Burma Government Medical School reports 1923-41
Year: 1923
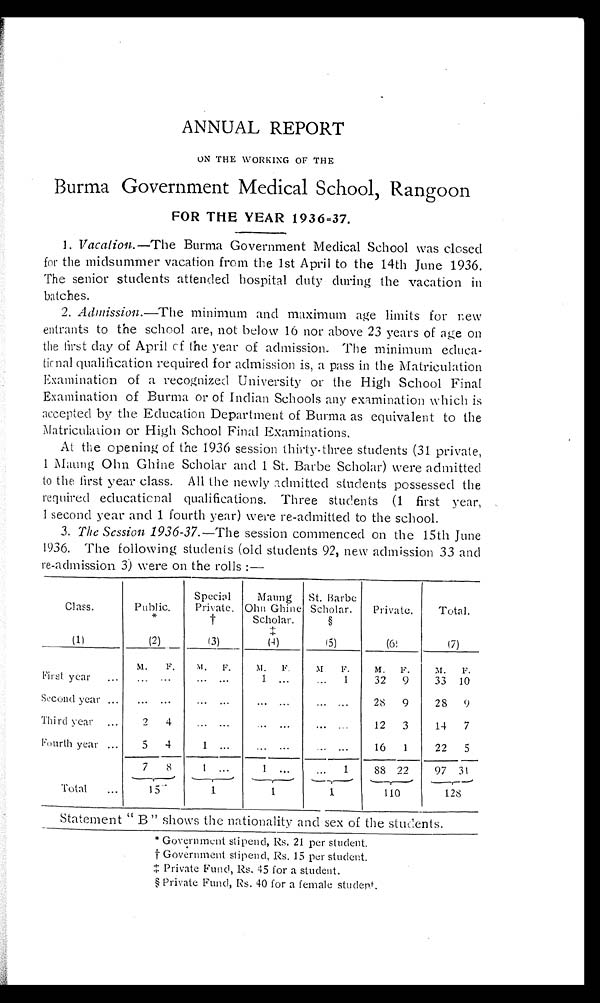
ANNUAL REPORT
ON THE WORKING OF THE
Burma Government Medical School, Rangoon
FOR THE YEAR 1936-37.
1. Vacation .—The Burma Government Medical School was closed
for the midsummer vacation from the 1st April to the 14th June 1936.
The senior students attended hospital duty during the vacation in
batches.
2 .
A d m i s s i o n
. — T h e m i n i m u m a n d m a x i m u m a g e l i m i t s f o r n e w
entrants to the school are, not below 16 nor above 23 years of age on
the first day of April of the year of admission. The minimum educa
- t i o n a l q u a l i f i c a t i o n r e q u i r e d f o r a d m i s s i o n i s , a p a s s i n t h e M a t r i c u l a t i o n
Examination of a recognized University or the High School Final
Examination of Burma or of Indian Schools any examination which is
accepted by the Education Department of Burma as equivalent to the
Matriculation or High School Final Examinations.
At the opening of the 1936 session thirty-three students (31 private,
1 Maung Ohn Ghine Scholar and 1 St. Barbe Scholar) were admitted
to the first year class. All the newly admitted students possessed the
required educational qualifications. Three students (1 first year,
1 second year and 1 fourth year) were re-admitted to the school.
3 .
T h e S e s s i o n 1 9 3 6 - 3 7
. — T h e s e s s i o n c o m m e n c e d o n t h e 1 5 t h J u n e
1936. The following students (old students 92, new admission 33 and
re-admission 3) were on the rolls :—
Class.
Public.
*
Special
Private.
†
Maung
Ohn Ghine
Scholar.
‡
St. Barbe
Scholar.
§
Private.
Total.
(1)
(2)
(3)
(4)
(5)
(6)
(7)
M.
F.
M. F.
M. F.
M
F.
M. F.
M.
F.
First year . . .
. . .
. . .
. . . . . .
1
. . .
. . . 1
32
9
33 10
Second year
. . .
. . .
. . .
. . .
. . .
. . .
. . .
. . .
28
9
28
9
Third year . . .
2
4
. . . . . .
. . .
. . .
. . .
. . .
12
3
14
7
Fourth year . . .
5
4
1
. . .
. . .
. . .
. . .
. . .
16
1
22
5
7
8
1
. . .
1
. . .
. . .
1
88 22
97 31
Total . . .
15
1
1
1
110
128
Statement "B" shows the nationality and sex of the students.
* Government stipend, Rs. 21 per
s t u d e n t .
† G o v e r n m e n t s t i p e n d , R s . 1 5 p e r s t u d e n t .
‡ P r i v a t e F u n d , R s . 4 5 f o r a s t u d e n t .
§ Private Fund, Rs. 40 for a female student.